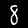
Digit: 8